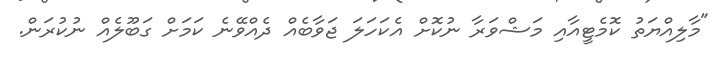
"މާލިއްޔަތު ކޮމެޓީއާއި މަޝްވަރާ ނުކޮށް އެކަހަލަ ޖަވާބެއް ދެއްވޭނެ ކަމަށް ގަބޫލެއް ނުކުރަން.